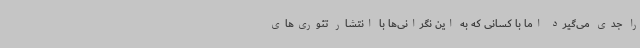
را جدی می‌گیرد اما با کسانی که به این نگرانی‌ها با انتشار تئوری‌های